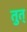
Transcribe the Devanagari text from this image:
तुत्